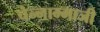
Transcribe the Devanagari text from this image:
चेन्‍नाम्‍माजी